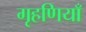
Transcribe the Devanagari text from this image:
गृहणियाँ